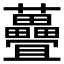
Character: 𫊜